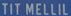
TITMELLIL